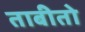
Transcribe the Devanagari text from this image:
ताबीतो